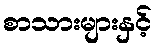
စာသားများနှင့်